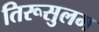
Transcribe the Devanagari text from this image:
तिरूसुलम